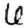
Digit: 6